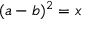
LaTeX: ( a - b ) ^ { 2 } = x \,